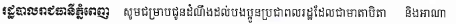
រដ្ឋបាលរាជធានី សូមជម្រាបជូនដំណឹងដល់បងប្អូនប្រជាពលរដ្ឋដែលជាមាតាបិតា និងអាណា